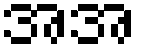
အအ